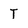
Character: T